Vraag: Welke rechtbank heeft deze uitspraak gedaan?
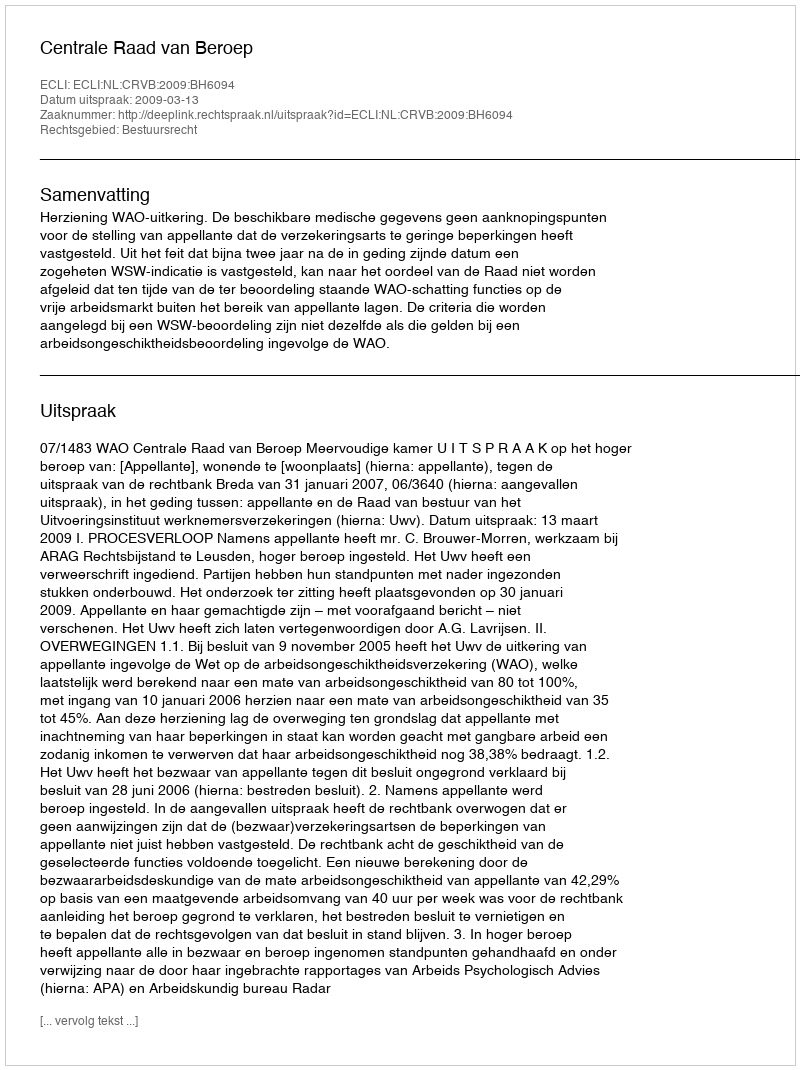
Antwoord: Centrale Raad van Beroep